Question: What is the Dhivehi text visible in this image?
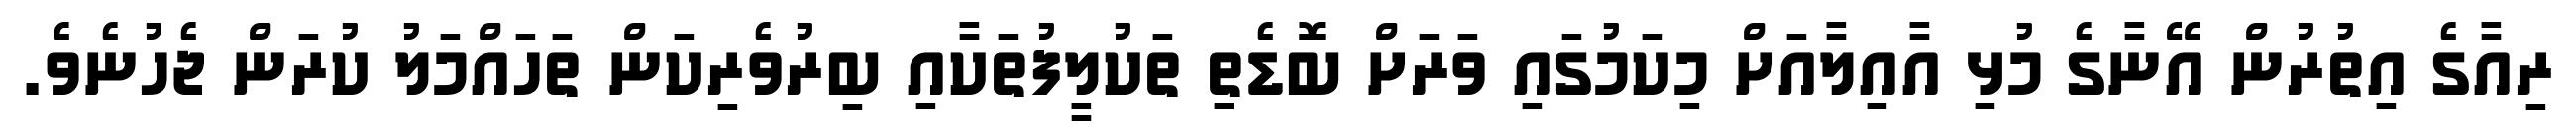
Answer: ރިއާގެ އިތުރުން އޭނާގެ މުޅި އާއިލާއަށް މިކަމުގައި ވަރަށް ބޮޑެތި ތަކުލީފުތަކާއި ބިރުވެރިކަން ތަހައްމަލު ކުރަން ޖެހުނެވެ.